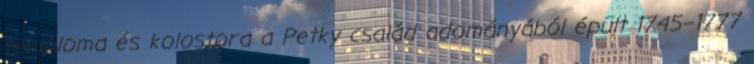
temploma és kolostora a Petky család adományából épült 1745–1777